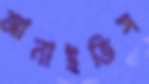
আনাইতিস